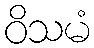
ဝိသမံ